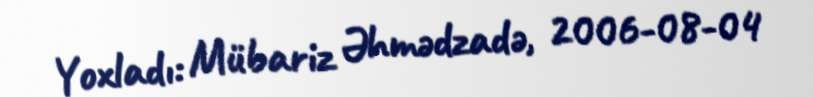
Yoxladı: Mübariz Əhmədzadə, 2006-08-04